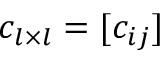
c _ { l \times l } = [ c _ { i j } ]